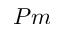
P m